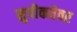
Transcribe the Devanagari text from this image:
सुपीकतेवर